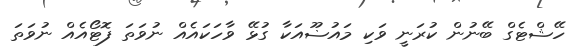
ހޭޝްޓެގް ބޭނުން ކުރަނީ ވަކި މައުޟޫއަކާ ގުޅޭ ވާހަކައެއް ނުވަތަ ފޮޓޯއެއް ނުވަތަ